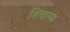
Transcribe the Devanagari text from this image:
शिवाग्मा